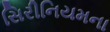
સિરીનિયમના